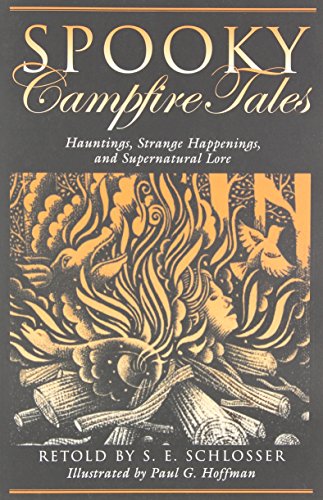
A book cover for Spooky Campfire Tales: Hauntings, Strange Happenings, And Supernatural Lore; S. E. E. Schlosser; Religion & Spirituality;